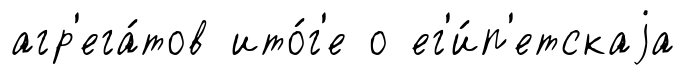
агр'ега́тов ито́г'е о ег'и́п'етскаjа